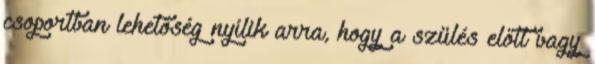
csoportban lehetőség nyílik arra, hogy a szülés előtt vagy